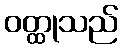
ဝတ္ထုသည်